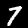
Digit: 7